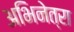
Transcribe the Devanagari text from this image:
अभिनेत्रा